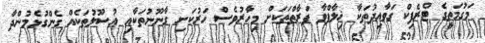
މަގުމަތީގެ ޓްރެފިކް ގަވާއިދުތަކާ ޚިލާފްވާ ފަރާތްތަކަށް މިހާރުވެސް ހަރުކަށި ގާނޫނުތަކާއި އުސޫލުތަކެއް ގެންގުޅެމުންދާ